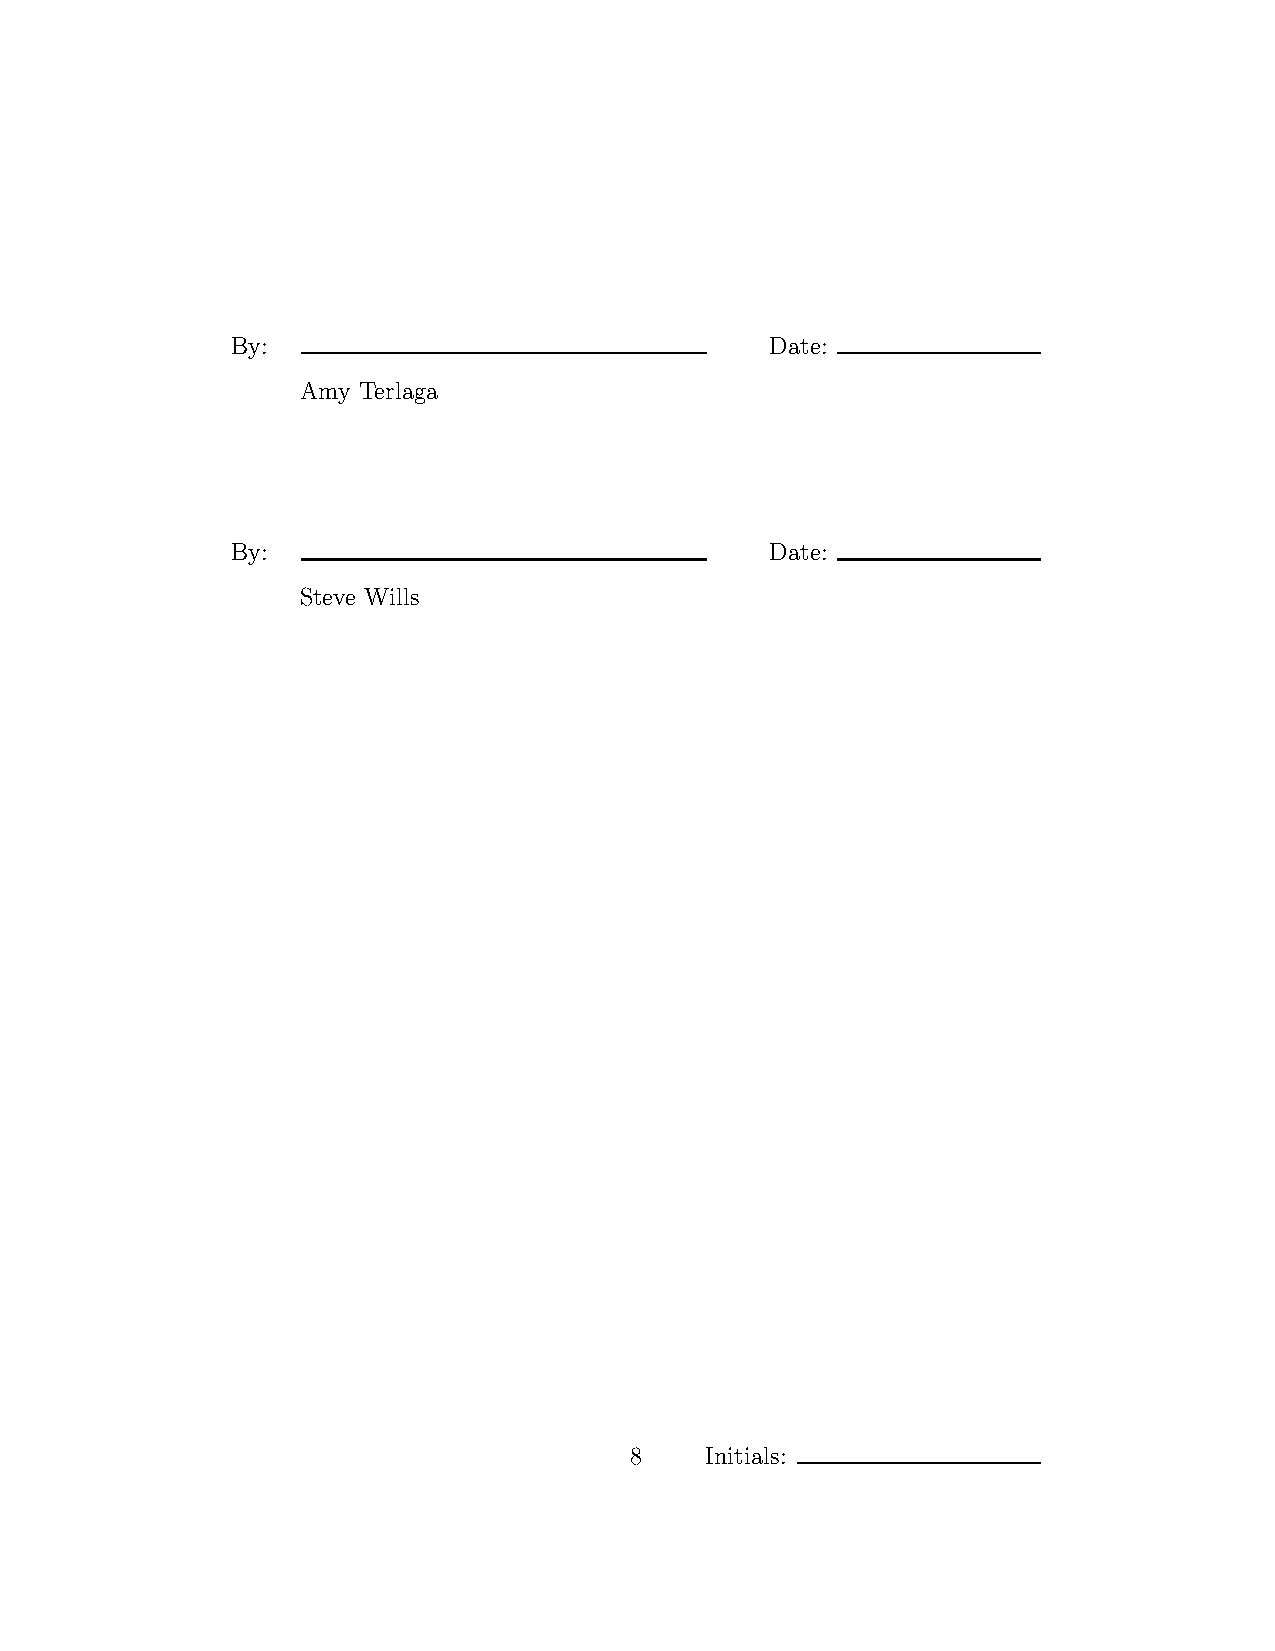
By:                                 Date:
 Amy Terlaga
 By:                                 Date:
 Steve Wills
 8    Initials: